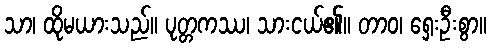
သာ၊ ထိုမယားသည်။ ပုတ္တကဿ၊ သားငယ်၏။ တာဝ၊ ရှေးဦးစွာ။